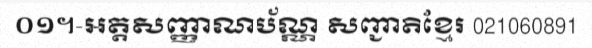
០១។-អត្តសញ្ញាណប័ណ្ណ សញ្ជាតិខ្មែរ 021060891